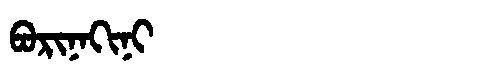
Manchu: ᠪᠣᡵᡳᠨᠠᡴᡳᠨᡳ
Romanization: BORINAKINI